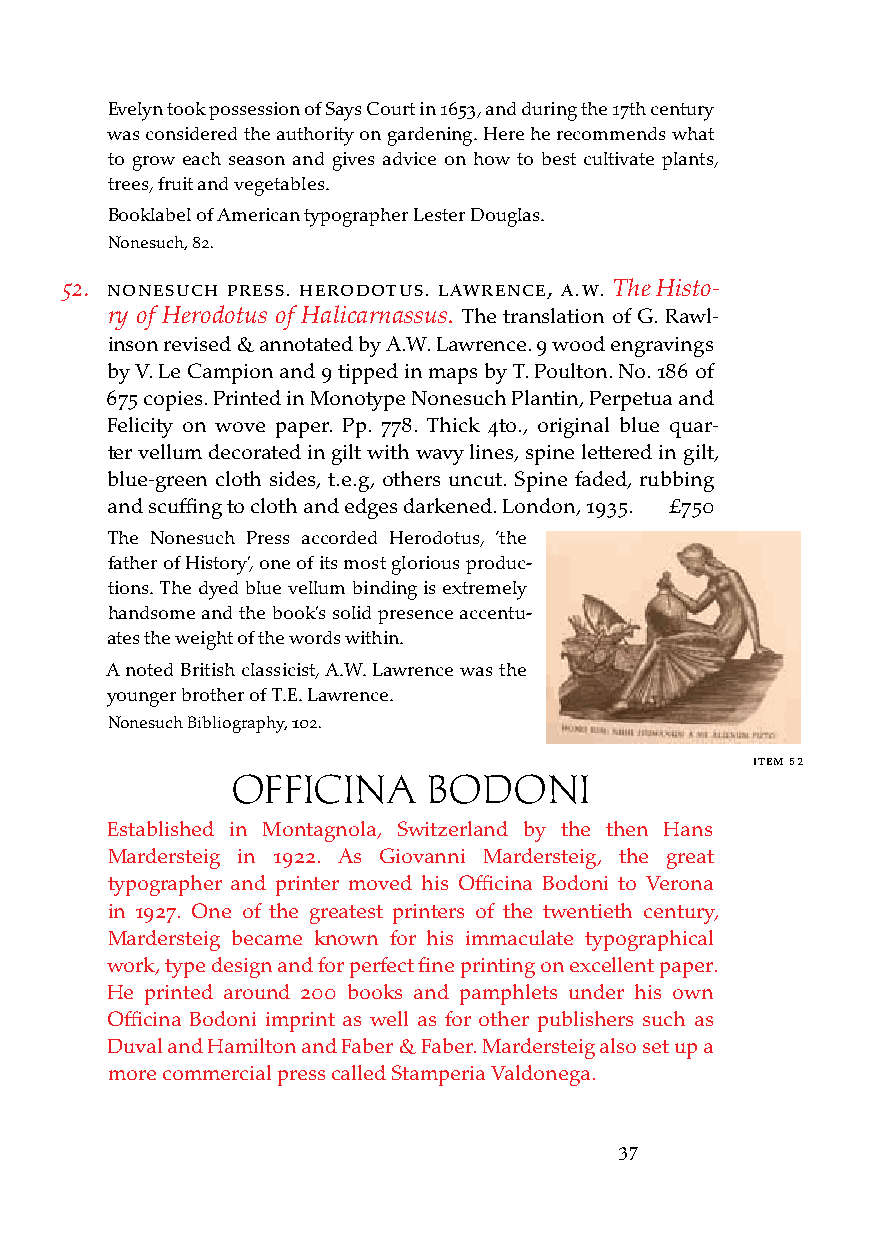
Evelyn took possession of Says Court in 1653, and during the 17th century
 was considered the authority on gardening. Here he recommends what
 to grow each season and gives advice on how to best cultivate plants,
 trees, fruit and vegetables.
 Booklabel of American typographer Lester Douglas.
 Nonesuch, 82.
 52. nonesucH Press. Herodotus. laWrence, a.W. The Histo-
 ry of Herodotus of Halicarnassus. The translation of G. Rawl-
 inson revised & annotated by A.W. Lawrence. 9 wood engravings
 by V. Le Campion and 9 tipped in maps by T. Poulton. No. 186 of
 675 copies. Printed in Monotype Nonesuch Plantin, Perpetua and
 Felicity on wove paper. Pp. 778. Thick 4to., original blue quar-
 ter vellum decorated in gilt with wavy lines, spine lettered in gilt,
 blue-green cloth sides, t.e.g, others uncut. Spine faded, rubbing
 and scuffing to cloth and edges darkened. London, 1935. £750
 The Nonesuch Press accorded Herodotus, ‘the
 father of History’, one of its most glorious produc-
 tions. The dyed blue vellum binding is extremely
 handsome and the book’s solid presence accentu-
 ates the weight of the words within.
 A noted British classicist, A.W. Lawrence was the
 younger brother of T.E. Lawrence.
 Nonesuch Bibliography, 102.
 iteM 52
 OffICINA     BODONI
 Established in Montagnola, Switzerland by the then Hans
 Mardersteig in 1922. As Giovanni Mardersteig, the great
 typographer and printer moved his Officina Bodoni to Verona
 in 1927. One of the greatest printers of the twentieth century,
 Mardersteig became known for his immaculate typographical
 work, type design and for perfect fine printing on excellent paper.
 He printed around 200 books and pamphlets under his own
 Officina Bodoni imprint as well as for other publishers such as
 Duval and Hamilton and Faber & Faber. Mardersteig also set up a
 more commercial press called Stamperia Valdonega.
 37